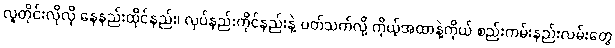
လူတိုင်းလိုလို နေနည်းထိုင်နည်း၊ လုပ်နည်းကိုင်နည်းနဲ့ ပတ်သက်လို့ ကိုယ့်အထာနဲ့ကိုယ် စည်းကမ်းနည်းလမ်းတွေ